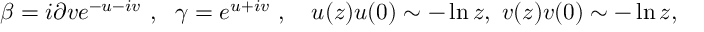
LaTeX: \beta = i \partial v e ^ { - u - i v } ~ , ~ ~ \gamma = e ^ { u + i v } ~ , ~ ~ ~ u ( z ) u ( 0 ) \sim - \ln z , ~ v ( z ) v ( 0 ) \sim - \ln z ,